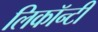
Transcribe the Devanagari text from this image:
लिकॉन्टी